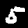
Label: 5